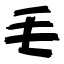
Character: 毛